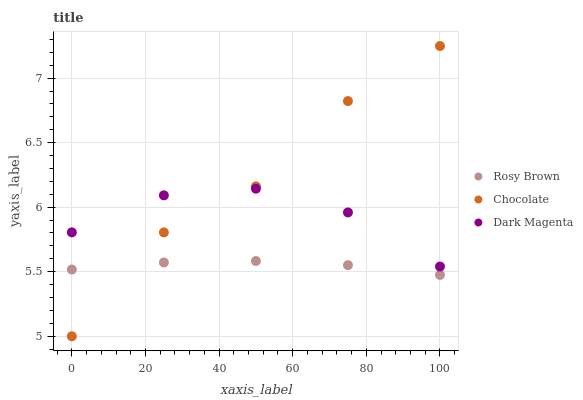
| xaxis_label | Rosy Brown | Chocolate | Dark Magenta |
 | --- | --- | --- | --- |
 | 0 | 5.52 | 5 | 5.81 |
 | 25 | 5.57 | 5.8 | 6.09 |
 | 50 | 5.58 | 6.16 | 6.14 |
 | 75 | 5.55 | 6.82 | 5.96 |
 | 100 | 5.48 | 7.25 | 5.54 |